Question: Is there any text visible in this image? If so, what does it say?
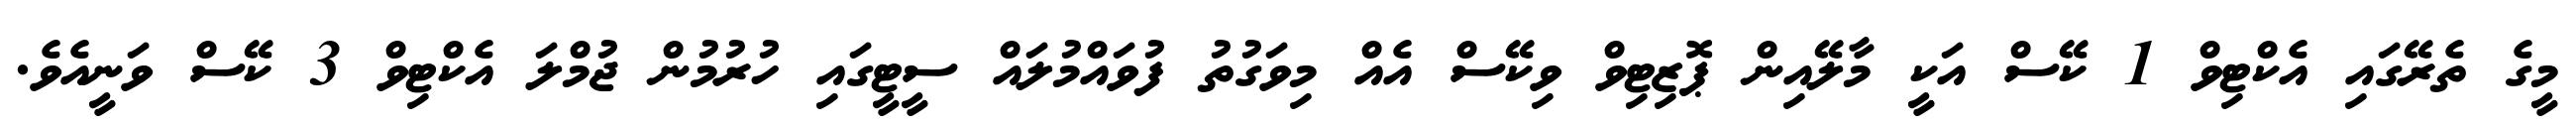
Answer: މީގެ ތެރޭގައި އެކްޓިވް 1 ކޭސް އަކީ މާލޭއިން ޕޮޒިޓިވް ވިކޭސް އެއް މިވަގުތު ފުވައްމުލައް ސީޓީގައި ހުރުމުން ޖުމްލަ އެކްޓިވް 3 ކޭސް ވަނީއެވެ.